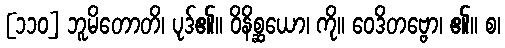
[၁၁၀] ဘူမိတောတိ၊ ပုဒ်၏။ ဝိနိစ္ဆယော၊ ကို။ ဝေဒိတဗ္ဗော၊ ၏။ စ၊